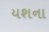
યશના